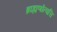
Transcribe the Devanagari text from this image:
ब्राह्मणोंत्पत्ति